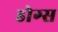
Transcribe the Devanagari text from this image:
डोग्स